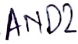
Text: AND2